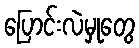
ပြောင်းလဲမှုတွေ